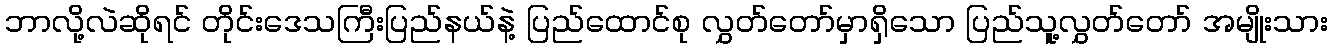
ဘာလို့လဲဆိုရင် တိုင်းဒေသကြီးပြည်နယ်နဲ့ ပြည်ထောင်စု လွှတ်တော်မှာရှိသော ပြည်သူ့လွှတ်တော် အမျိုးသား